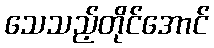
သေသည့်တိုင်အောင်